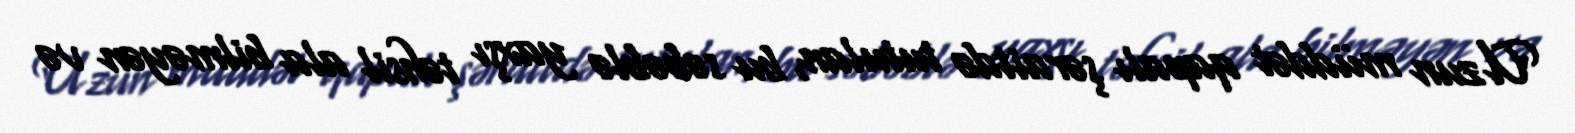
Uzun müddət qapalı şəraitdə tutulan, bu səbəblə yaxşı təhsil ala bilməyən və